Annual report on the working of the lock hospitals in the Central Provinces
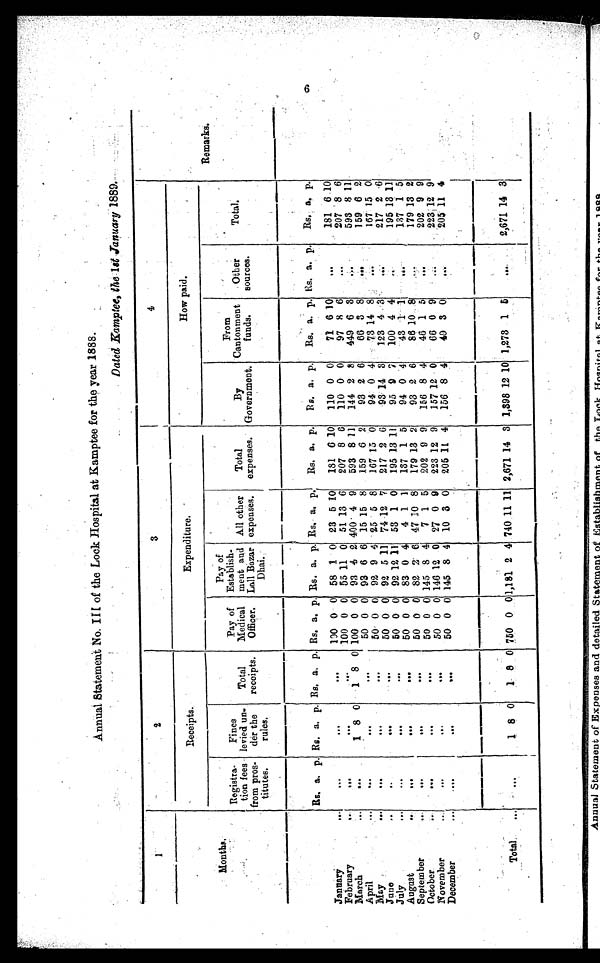
...Annual Statement No. III of the Lock Hospital at Kamptee for the year 1888.
Dated Eamptee, the 1st January 1889.
1
2
3
4
Receipts.
Expenditure.
How paid.
Months
.
Registra-
tion fees
from pros-
titutes.
Fines
levied un.
der the
rules.
Total
receipts.
Pay of
Medical
Officer.
Pay of
Establish-
meet and
Lall Bazar
Dhai.
All other
expenses.
Total
expenses.
By
Government.
From
Cantonment
funds.
Other
sources.
Total.
Remarks.
Rs. a. p.
...n.....n.n4
Rs. a. p. Rs. a. p. Rs. a. p. Rs. a. p. Rs. a. p.
Rs. a. p.
Rs. a. p.
Rs. a. p. Rs. a. p.
Rs. a. p.
January
...
100 0 0 58
1 0 23 5 10
181 6 10
110 0 0
71 6 10
...
181
6 10
February
100 0 0 55 11 0 51 13 6
207 8 6
110 0 0
97 8 6
...
207 8 6
March
1 8 0
1 8 0 100 0 0 93 4 2 400 4 9
593 8 11
144 2 8
449 6 3
593 8 11
April
50 0 0 93 6 6 15 15 8
159 6 2
93 2 6
66 3 8
159 6 2
May
...
50 0 0 92 9 4 25 5 8
167 15 0
94 0 4
73 14 8
167 15 0
June
5 0 0 0 92 5 11 74 12 7
217 2
6
93 14 3
123 4
3
217 2 6
July
50 0 0 92 12 11 53 1 0
195 13 11
95 9 7
100 4 4
195 13 11
August
...
50 0 0 83 0 4
4 1 1
137 1 5
94 0 4
43 1.
1
...
137 1 5
September
...
...
50 0 0 82
2 6 47 10 8
179 13 2
93 2 6
86 10 8
179 13 2
October
50 0 0 145 8 4
7 1 5
202 9 9
156 8 4
46 1 5
...
202 9 9
November
. . .
50 0 0 146 12 0 27 0 9
223 12 9
157 12 0
66 0 9
223
1 2 9
December
. . .
50 0 0 145 8 4 10 3 0
205
1 1 4
156 8 4
49 3 0
...
205 11 4
Total
1 8 0
1 8
0
750 0
0
1,181 2 4 740 11 11 2,671 14 3 1,398 12 10 1,273 1
5
2,671 14
3